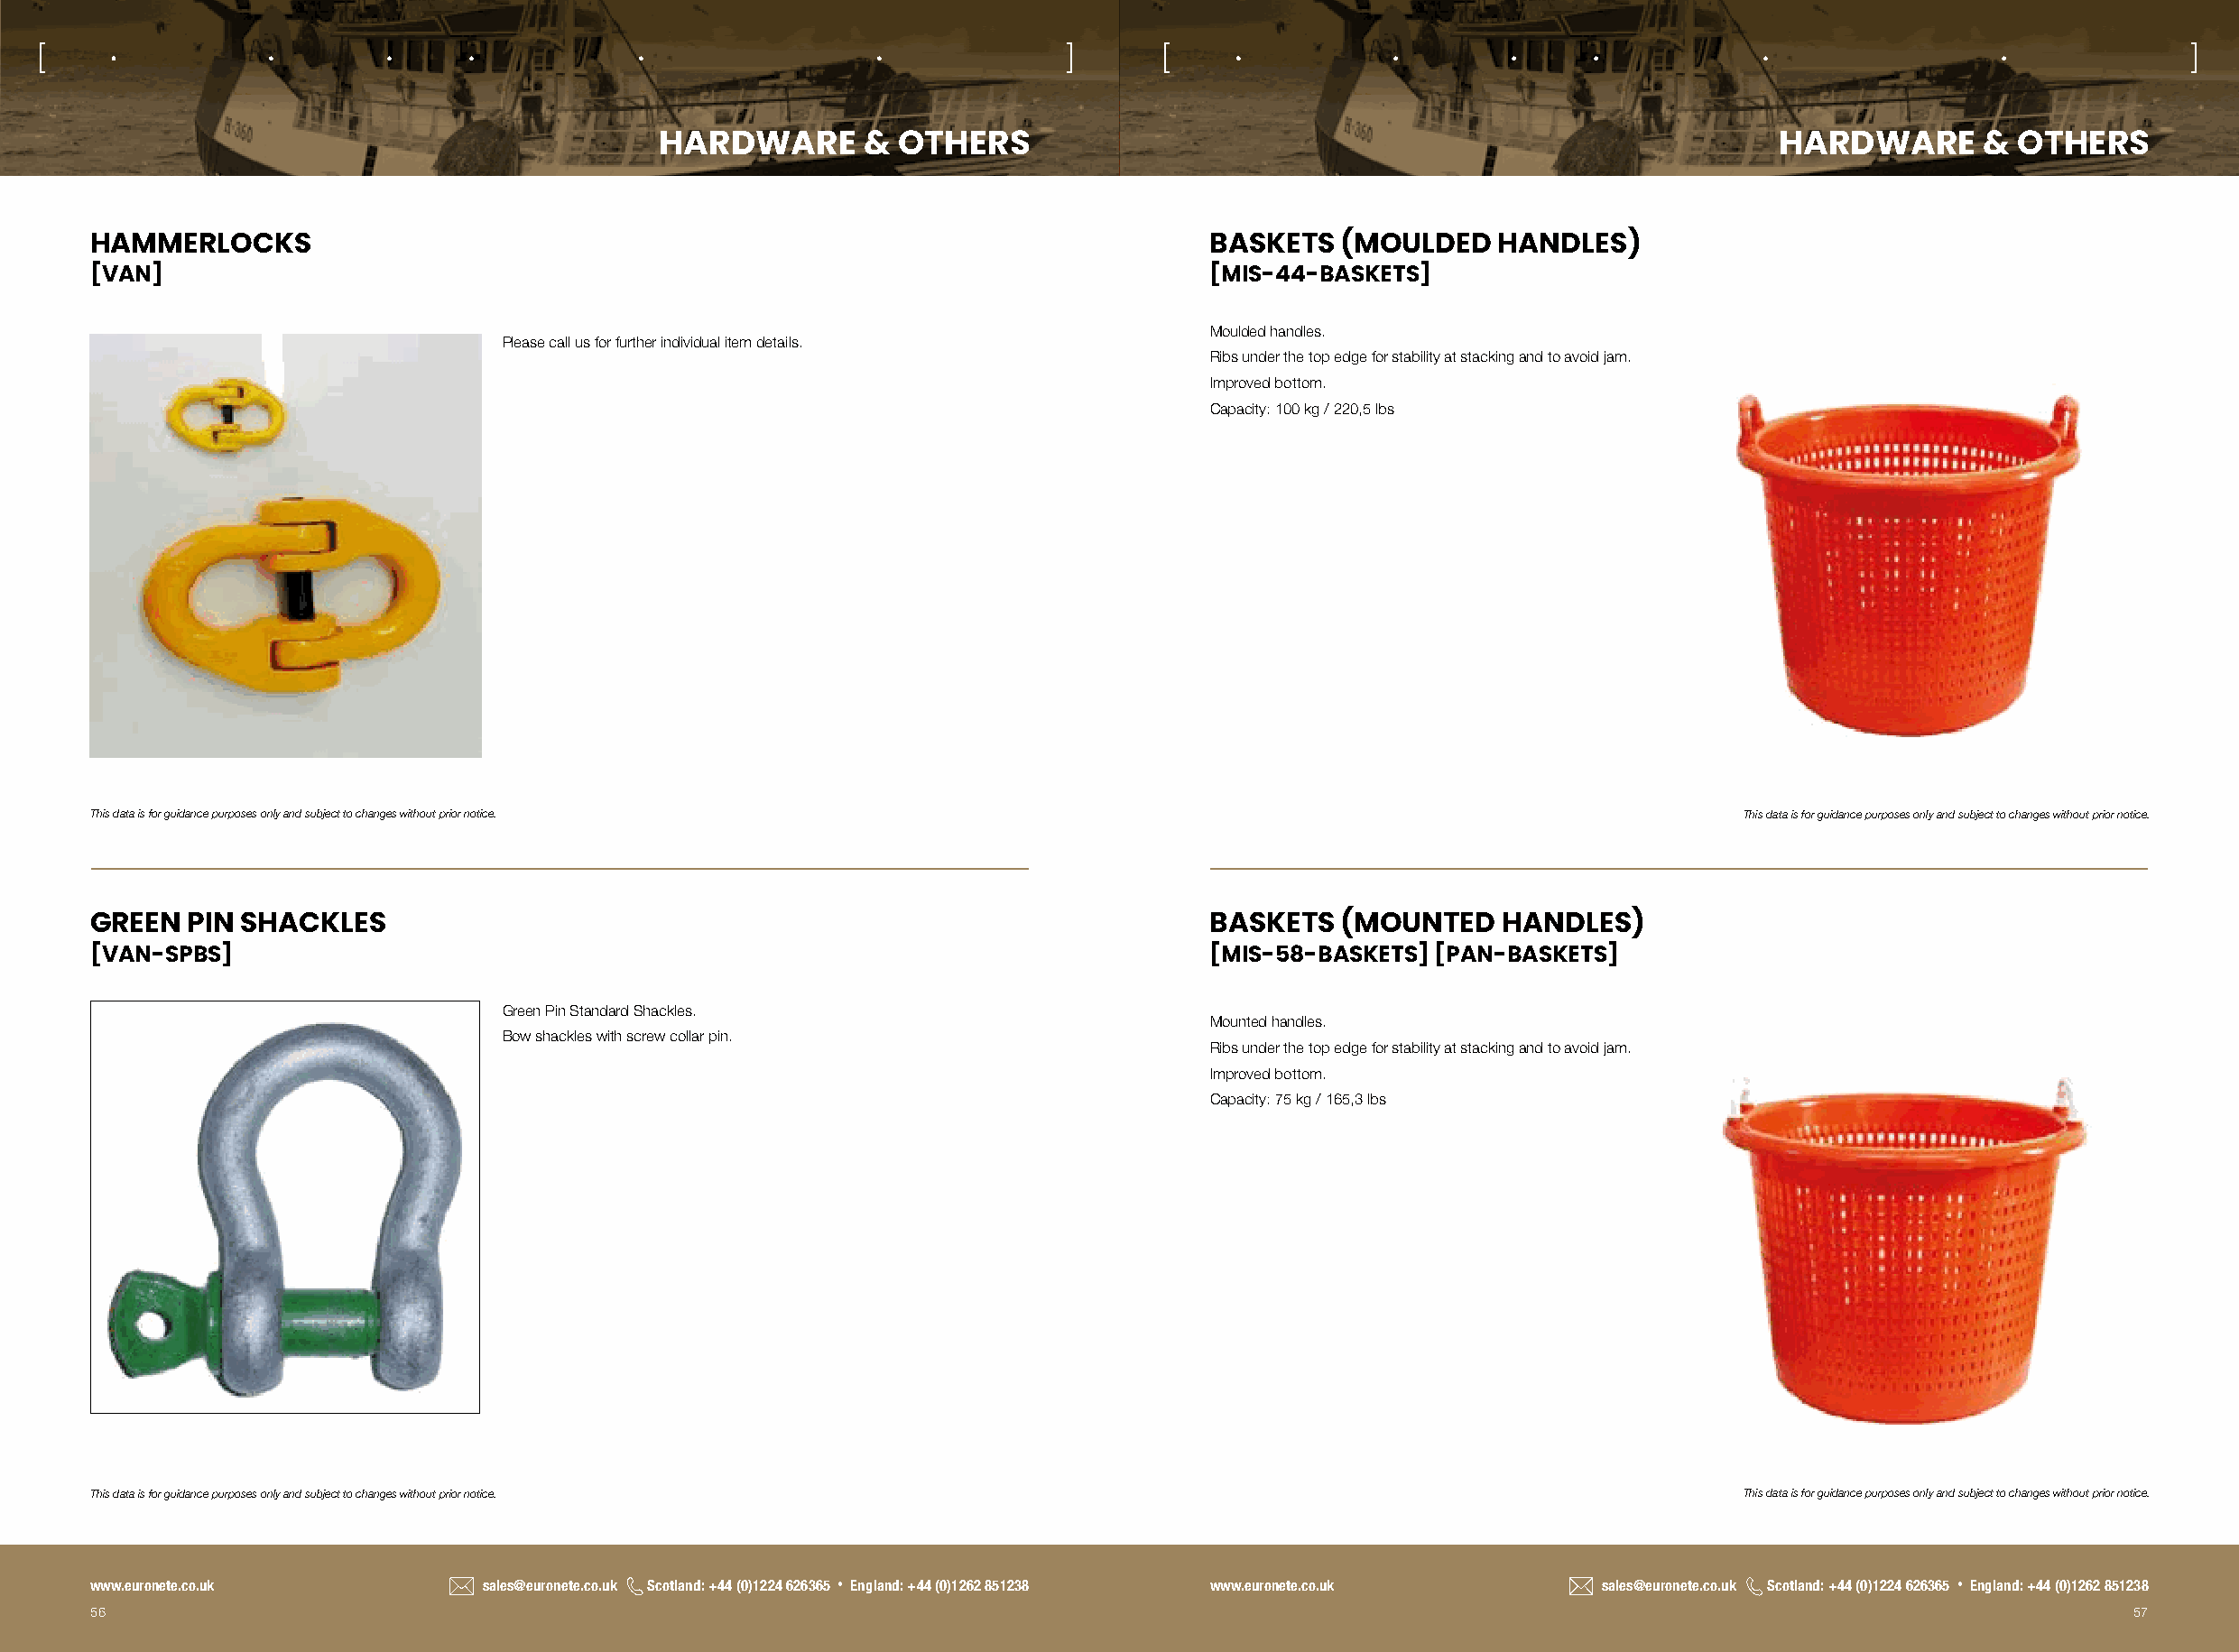
[                                                                          ]      [                                                                           ]
 HARDWARE       &  OTHERS                                                          HARDWARE       &  OTHERS
 HAMMERLOCKS                                                                       BASKETS  (MOULDED    HANDLES)
 [VAN]                                                                             [MIS-44-BASKETS]
 Moulded handles.
 Please call us for further individual item details.
 Ribs under the top edge for stability at stacking and to avoid jam.
 Improved bottom.
 Capacity: 100 kg / 220,5 lbs
 This data is for guidance purposes only and subject to changes without prior notice.                                     This data is for guidance purposes only and subject to changes without prior notice.
 GREEN  PIN SHACKLES                                                               BASKETS  (MOUNTED    HANDLES)
 [VAN-SPBS]                                                                        [MIS-58-BASKETS] [PAN-BASKETS]
 Green Pin Standard Shackles.
 Mounted handles.
 Bow shackles with screw collar pin.
 Ribs under the top edge for stability at stacking and to avoid jam.
 Improved bottom.
 Capacity: 75 kg / 165,3 lbs
 This data is for guidance purposes only and subject to changes without prior notice.                                     This data is for guidance purposes only and subject to changes without prior notice.
 www.euronete.co.uk          sales@euronete.co.uk Scotland: +44 (0)1224 626365 • England: +44 (0)1262 851238 www.euronete.co.uk sales@euronete.co.uk Scotland: +44 (0)1224 626365 • England: +44 (0)1262 851238
 56                                                                                                                                                   57